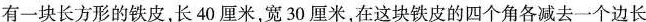
有一块长方形的铁皮，长40厘米，宽30厘米，在这块铁皮的四个角各减去一个边长